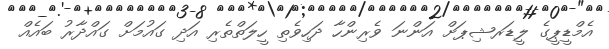
އެމްޑީޕީގެ ލީޑަރޝިޕަށް އަންނަ ވެރިންހާ ދަހިވެތި ހީލަތްތެރި އަދި ގައުމަށް ގައްދާރު ބައެއް